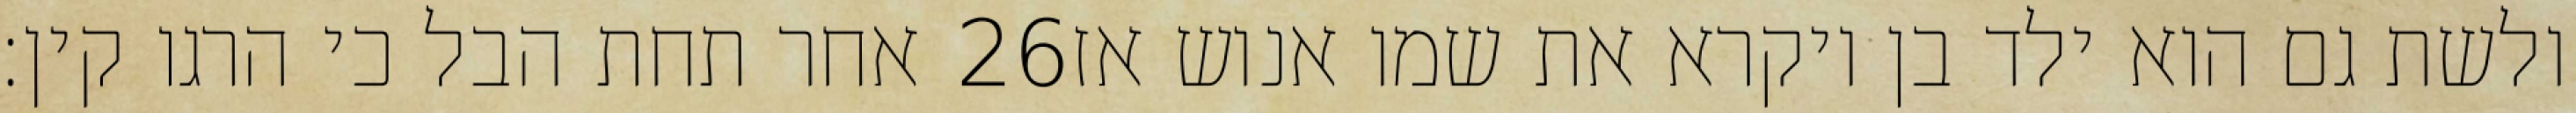
אחר תחת הבל כי הרגו קין׃ ‎26‏ ולשת גם הוא ילד בן ויקרא את שמו אנוש אז